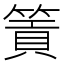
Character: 篢